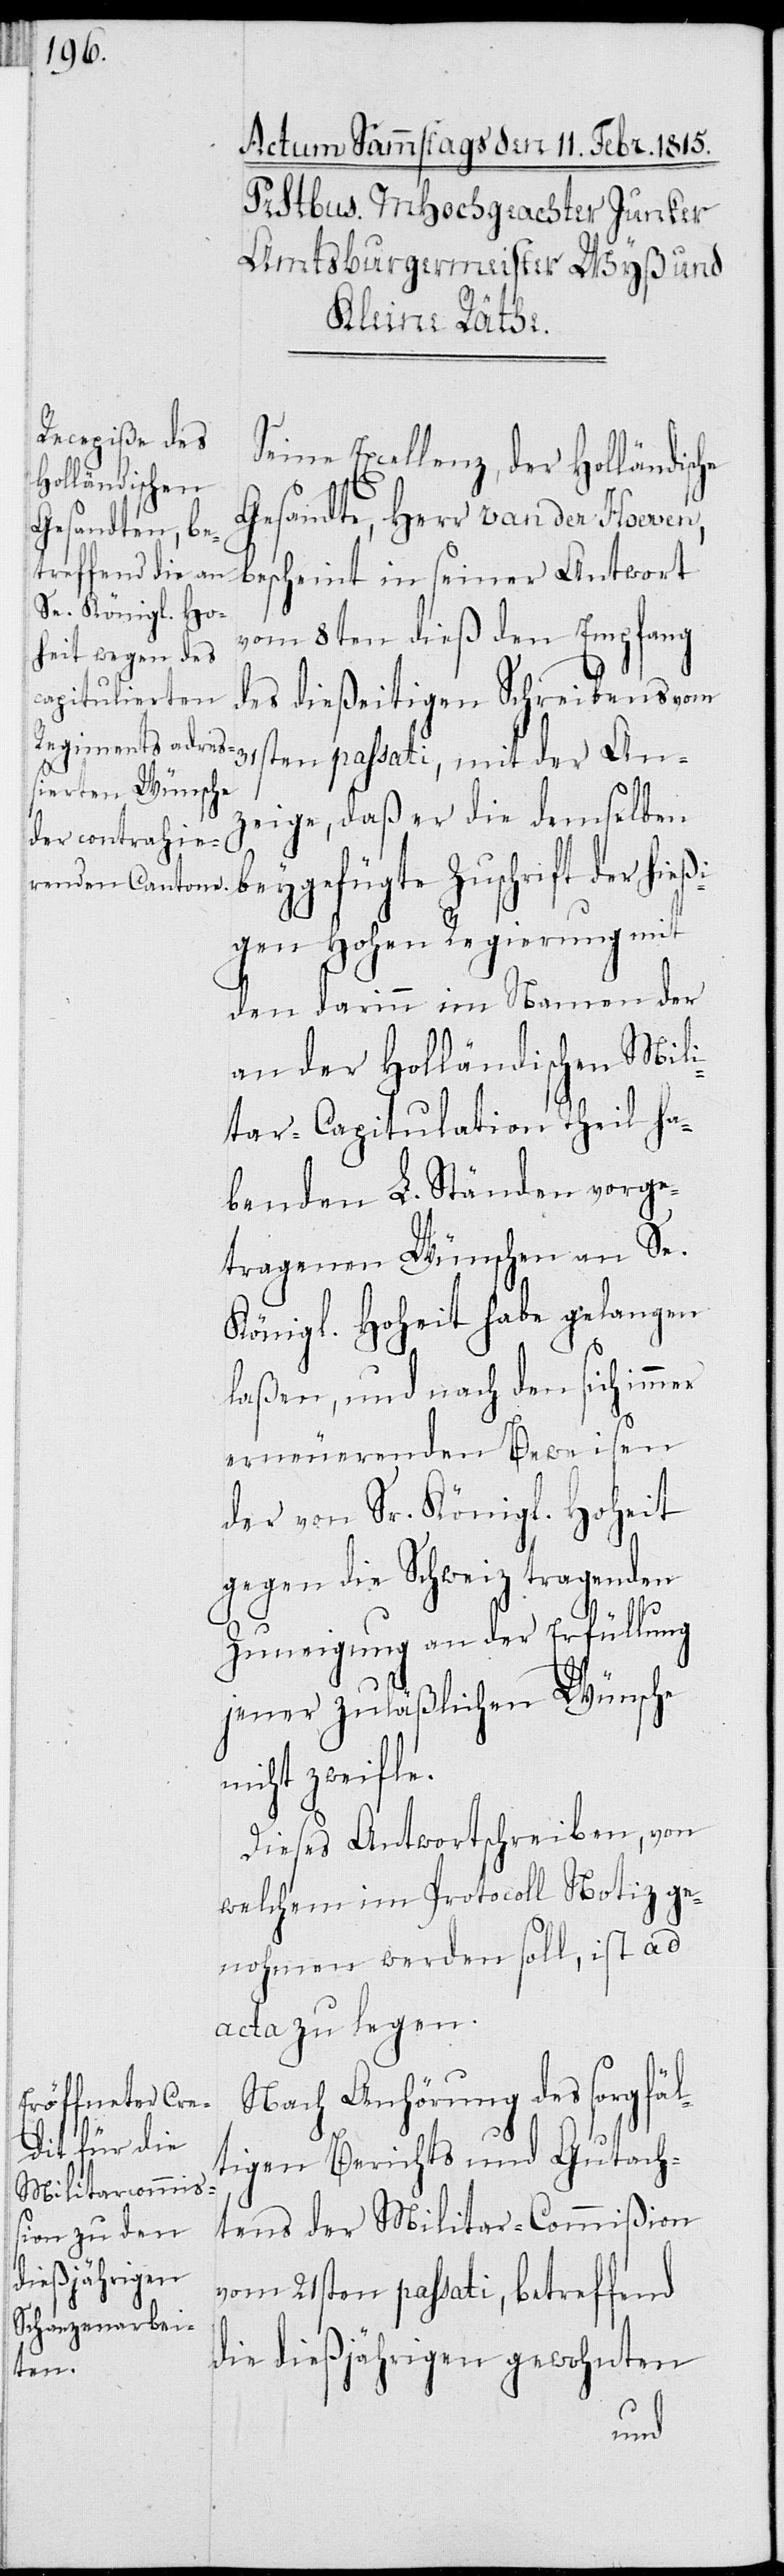
31s¬
Seine Excellenz, der Holländische
Gesandte, Herr van der Hoeven,
bescheint in seiner Antwort
vom 8ten dieß den Empfang
des dießeitigen Schreibens vom
ten passati, mit der An¬
zeige, daß er die demselben
beygefügte Zuschrift der hie¬
ßigen Hohen Regierung mit
den darinn im Namen der
an der Holländischen Mili¬
tar-Capitulation Theil ha¬
benden L. Ständen vorge¬
tragenen Wünschen an Se.
Königl. Hoheit habe gelangen
laßen, und nach den sich immer
erneuerenden Beweisen
der von Sr. Königl. Hoheit
gegen die Schweiz tragenden
Zuneigung an der Erfüllung
jener zuläßlichen Wünsche
nicht zweifle.
Dieses Antwortschreiben, von
welchem im Protocoll Notiz ge¬
nommen werden soll, ist ad
acta zu legen.
Nach Anhörung des sorgfäl¬
tigen Berichts und Gutach¬
tens der Militar-Commißion
vom 21sten passati, betreffend
die dießjährigen gewohnten